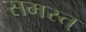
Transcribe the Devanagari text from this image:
समस्त्